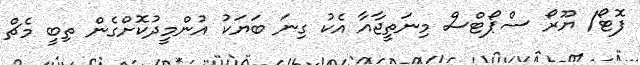
ފޮޓޯ/ ޔޫރޯ ސްޕޯޓްސް މިނަތީޖާއާ އެކު ގިނަ ބަޔަކު އުންމީދުކޮށްގެން ތިބީ މެޗް